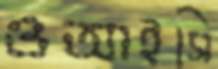
ওআইসি